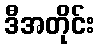
ဒီအတိုင်း